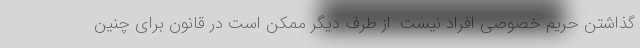
گذاشتن حریم خصوصی افراد نیست. از طرف دیگر ممکن است در قانون برای چنین